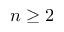
n \ge 2